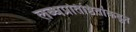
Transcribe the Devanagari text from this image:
लब्धप्रतिष्ठितांकडून